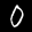
Label: 0